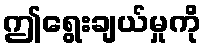
ဤရွေးချယ်မှုကို